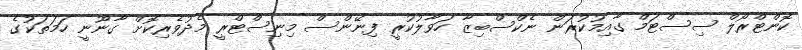
ކޮންޓްރޯލް ސިސްޓަމް ގާއިމުކުރަން ނެކްސްބިޒާ ހަވާލުކުރީ ފިނޭންސް މިނިސްޓްރީ މެދުވެރިކޮށް ގާނޫނީ ހަމަތަކުގެ